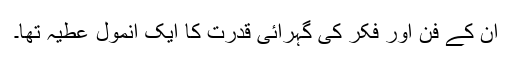
ان کے فن اور فکر کی گہرائی قدرت کا ایک انمول عطیہ تھا۔